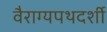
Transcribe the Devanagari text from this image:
वैराग्यपथदर्शी